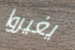
يغيروا